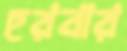
হরবার